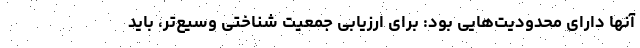
آنها دارای محدودیت‌هایی بود: برای ارزیابی جمعیت شناختی وسیع‌تر، باید